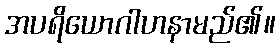
အပရိယောဂါဟနာမည်၏။